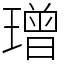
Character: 璔